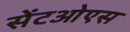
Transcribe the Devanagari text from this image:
सेंटओएस